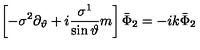
\left[ - \sigma ^ { 2 } \partial _ { \vartheta } + i \frac { \sigma ^ { 1 } } { \sin \vartheta } m \right] \bar { \Phi } _ { 2 } = - i k \bar { \Phi } _ { 2 }